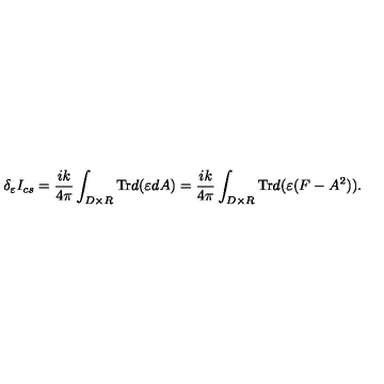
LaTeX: \delta _ { \varepsilon } I _ { c s } = \frac { i k } { 4 \pi } \int _ { D \times R } \mathrm { T r } d ( \varepsilon d A ) = \frac { i k } { 4 \pi } \int _ { D \times R } \mathrm { T r } d ( \varepsilon ( F - A ^ { 2 } ) ) .